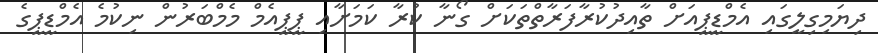
ދިޔަމިގިލީގައި އެމްޑީޕީއަށް ތާއިދުކުރާފަރާތްތަކަށް ގޯނާ ކުރާ ކަމަށާއި ޕީޕީއެމް މެމްބަރުން ނިކުމެ އެމްޑީޕީގެ